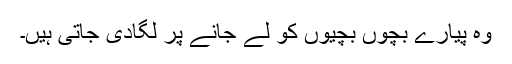
وہ پیارے بچوں بچیوں کو لے جانے پر لگادی جاتی ہیں۔